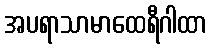
အပရာသာမာထေရီဂါထာ